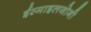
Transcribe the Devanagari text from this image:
ईस्माइलजोगी